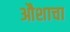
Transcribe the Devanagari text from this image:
औशाचा